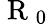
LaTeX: \mathrm{~R~}_{0}